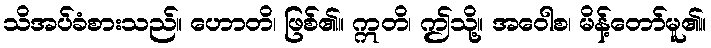
သိအပ်ခံစားသည်။ ဟောတိ၊ ဖြစ်၏။ ဣတိ၊ ဤသို့။ အဝေါစ၊ မိန့်တော်မူ၏။